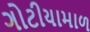
ગોટીયામાળ